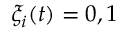
\xi _ { i } ( t ) = 0 , 1